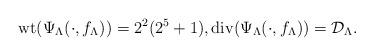
LaTeX: \begin{align*}{\rm wt}(\Psi_{\Lambda}(\cdot,f_{\Lambda}))=2^{2}(2^{5}+1),{\rm div}(\Psi_{\Lambda}(\cdot,f_{\Lambda}))={\mathcal D}_{\Lambda}.\end{align*}